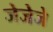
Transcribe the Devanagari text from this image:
जेजेजे